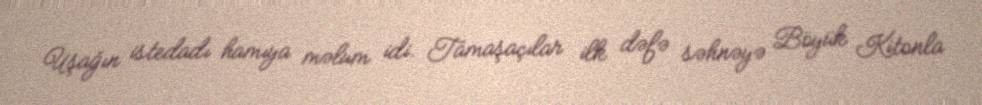
Uşağın istedadı hamıya məlum idi. Tamaşaçılar ilk dəfə səhnəyə Böyük Kitonla